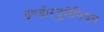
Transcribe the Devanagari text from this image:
इण्डोऱ्यूरोपियन